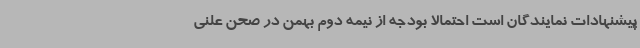
پیشنهادات نمایندگان است احتمالا بودجه از نیمه دوم بهمن در صحن علنی